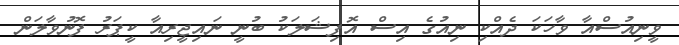
ވީނިއުސްއާ ވާހަކަ ދެއްކި ނިއުގެ އިސް އޮފިޝަލަކު ބުނީ ނައިޖީރިއާ ކީޕަރު ފޮނުވާލަން